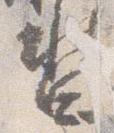
沓